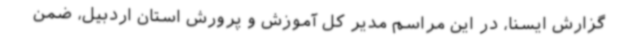
گزارش ایسنا، در این مراسم مدیر کل آموزش و پرورش استان اردبیل، ضمن